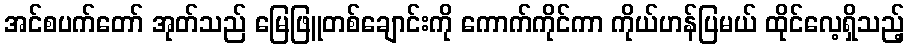
အင်စပက်တော် အုတ်သည် မြေဖြူတစ်ချောင်းကို ကောက်ကိုင်ကာ ကိုယ်ဟန်ပြမယ် ထိုင်လေ့ရှိသည့်